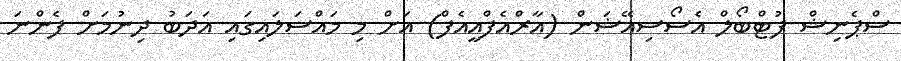
ސްޕެނިޝް ފުޓްބޯލް އެސޯސިއޭޝަން (އާރްއެފްއީއެފް) އަށް މި މައްސަލައިގައި އަދަބު ދިނުމަށް ފެންނަ